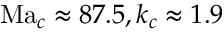
\mathrm { M a } _ { c } \approx 8 7 . 5 , k _ { c } \approx 1 . 9